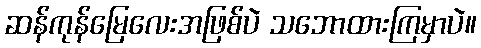
ဆန်ကုန်မြေလေးအဖြစ်ပဲ သဘောထားကြမှာပဲ။